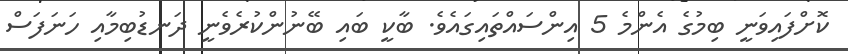
ކޮށްފައިވަނީ ބިމުގެ އެންމެ 5 އިންސައްތައިގައެވެ. ބާކީ ބައި ބޭނުންކުރެވެނީ ދަނޑުބިމާއި ހަނަފަސް